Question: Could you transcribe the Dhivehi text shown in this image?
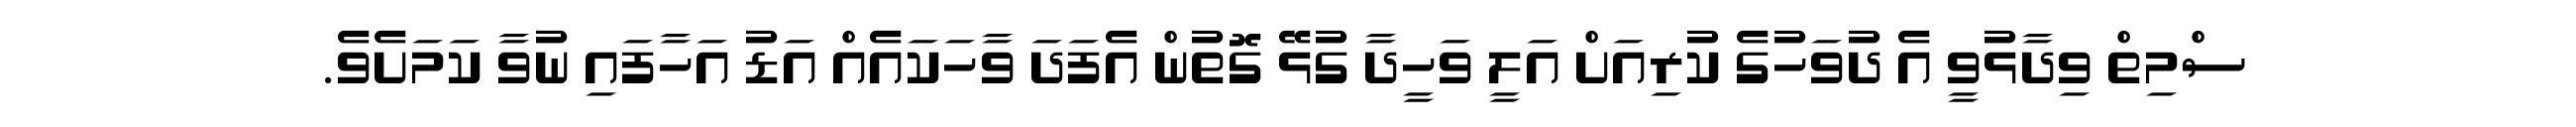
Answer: ސްމިތް ވިދާޅުވީ އެ ދުވަހުގެ ކުރިއަށް އަލީ ވަހީދާ ގުޅޭ ގޮތުން އެފަދަ ވާހަކައެއް އަޑު އަހާފައި ނުވާ ކަމަށެވެ.